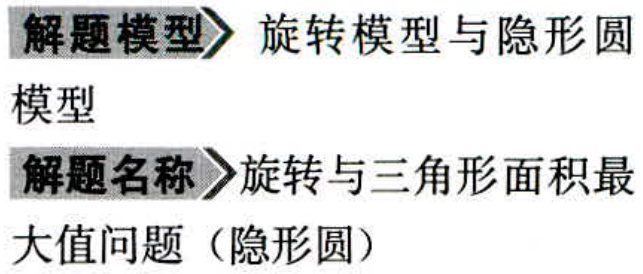
\begin{center}
解题模型$\rhd$旋转模型与隐形圆\\
模型\\
解题名称$\rhd$旋转与三角形面积最\\
大值问题（隐形圆）
\end{center}